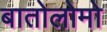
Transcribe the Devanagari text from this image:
बातोलोमो